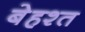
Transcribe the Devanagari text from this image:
बेहश्त